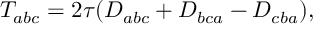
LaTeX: T _ { a b c } = 2 \tau ( D _ { a b c } + D _ { b c a } - D _ { c b a } ) ,